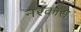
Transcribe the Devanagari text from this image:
नरकास